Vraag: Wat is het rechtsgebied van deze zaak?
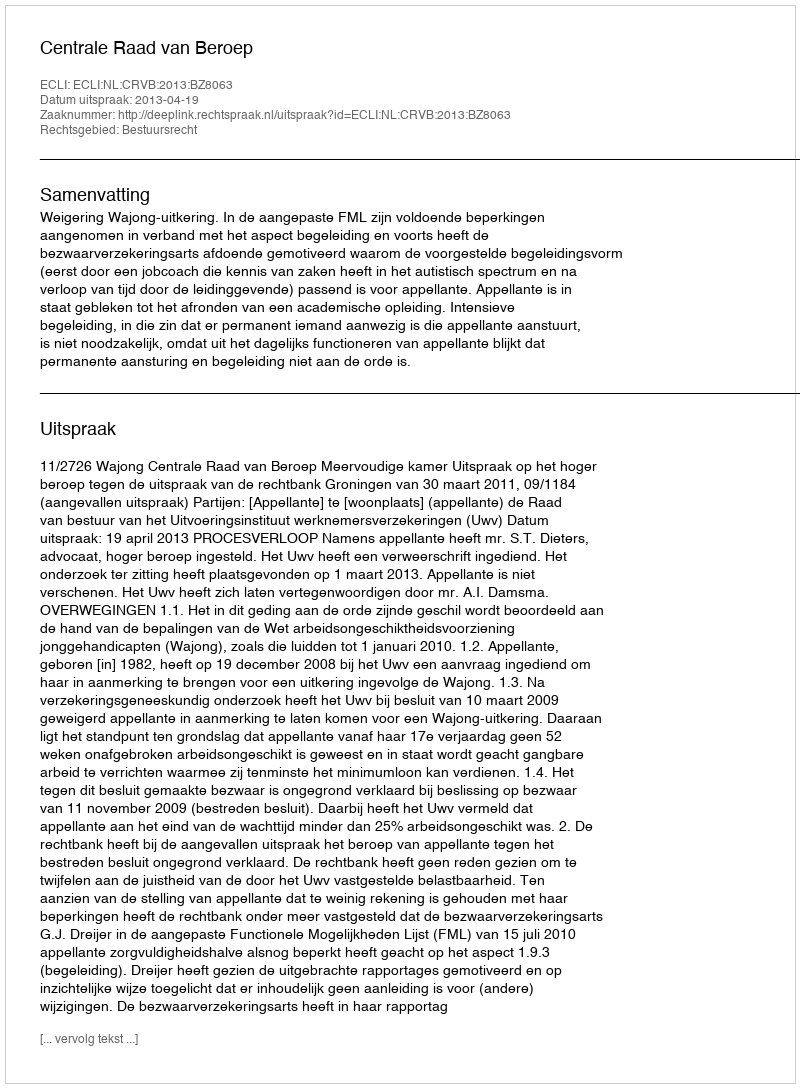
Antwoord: Bestuursrecht